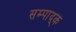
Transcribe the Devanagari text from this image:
सम्पाद्क